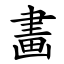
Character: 畵